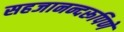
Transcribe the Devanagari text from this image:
सहजानन्दरूपिणे